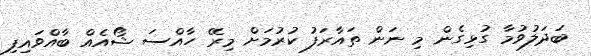
ބަދަލުވުމާ ގުޅިގެން މި ނަން ތައާރަފު ކުރުމަށް މިރޭ ހާއްސަ ޝޯއެއް ބާއްވައިފި